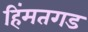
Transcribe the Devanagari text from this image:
हिंमतगड